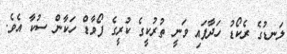
ލަނޑުގެ ރެކޯޑު ހަދާފައި ވަނީ ތުރުކީގެ ކުރީގެ ފޯވާޑް ހަކާން ސުކާ އެވެ.